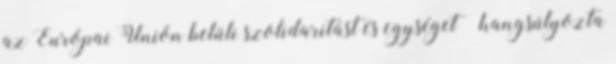
az Európai Unión belüli szolidaritást és egységet – hangsúlyozta